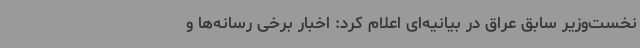
نخست‌وزیر سابق عراق در بیانیه‌ای اعلام کرد: اخبار برخی رسانه‌ها و